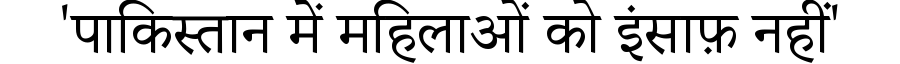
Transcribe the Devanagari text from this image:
'पाकिस्तान में महिलाओं को इंसाफ़ नहीं'